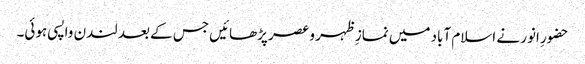
حضورِ انور نے اسلام آباد میں نمازِ ظہر و عصر پڑھائیں جس کے بعد لندن واپسی ہوئی۔